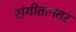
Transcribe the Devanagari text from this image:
संगीतानंतर